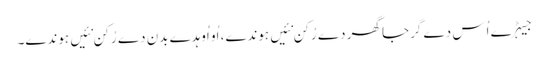
جیہڑے اُس دے گرجا گھر دے رُکن نئیں ہوندے، اُو اُوہدے بدن دے رُکن نئیں ہوندے۔